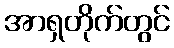
အာရှတိုက်တွင်